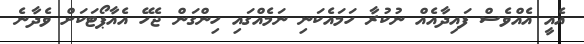
އެއީ އެއްވެސް ފައިދާއެއް ނުކުރާ ހަމައެކަނި ނަމެއްގައި ހިންގަން ޖެހޭ އެއާޕޯޓަކަށް ވެދާނެ